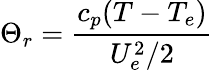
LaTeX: \Theta_{r}={\frac{c_{p}(T-T_{e})}{U_{e}^{2}/2}}